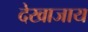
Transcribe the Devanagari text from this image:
देखाजाय